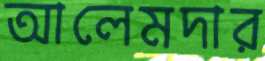
আলেমদার